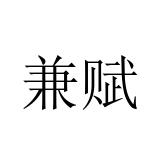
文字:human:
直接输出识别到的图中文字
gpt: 兼赋